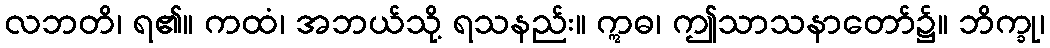
လဘတိ၊ ရ၏။ ကထံ၊ အဘယ်သို့ ရသနည်း။ ဣဓ၊ ဤသာသနာတော်၌။ ဘိက္ခု၊